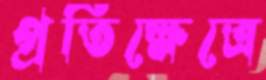
প্রতিক্ষেত্রে